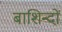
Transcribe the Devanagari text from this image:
बाशिन्दों